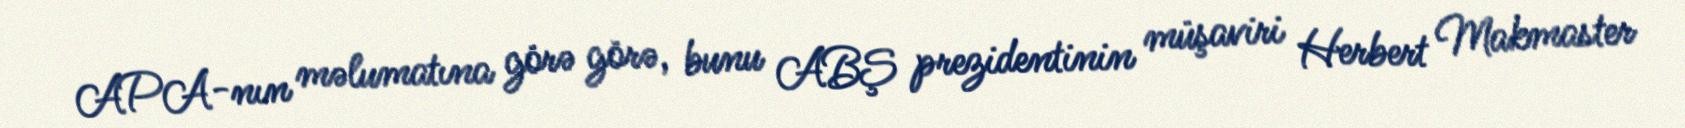
APA-nın məlumatına görə görə, bunu ABŞ prezidentinin müşaviri Herbert Makmaster